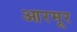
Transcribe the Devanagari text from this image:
आरमूर